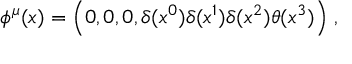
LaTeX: \phi ^ { \mu } ( x ) = \Bigl ( 0 , 0 , 0 , \delta ( x ^ { 0 } ) \delta ( x ^ { 1 } ) \delta ( x ^ { 2 } ) \theta ( x ^ { 3 } ) \Bigr ) \ ,